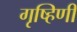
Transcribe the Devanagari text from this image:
गृष्हिणी